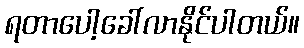
ရတာပေါ့ခေါ်လာနိုင်ပါတယ်။